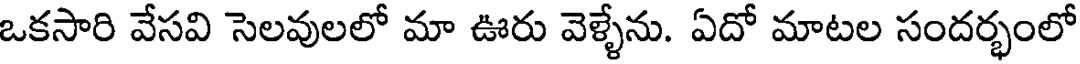
ఒకసారి వేసవి సెలవులలో మా ఊరు వెళ్ళేను. ఏదో మాటల సందర్భంలో